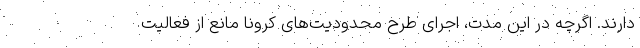
دارند. اگرچه در این مدت، اجرای طرح محدودیت‌های کرونا مانع از فعالیت